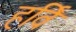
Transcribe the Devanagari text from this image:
हर्वि